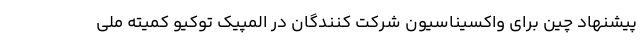
پیشنهاد چین برای واکسیناسیون شرکت کنندگان در المپیک توکیو کمیته ملی